Lunatic asylums Madras 1877-1891 - 1877-1891
Year: 1877
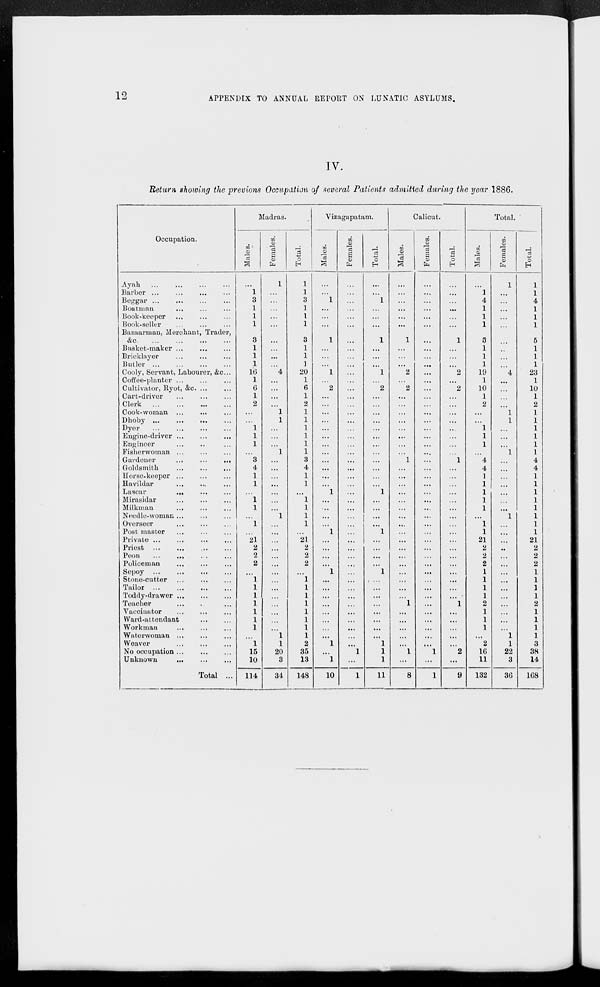
12
APPENDIX TO ANNUAL REPORT ON LUNATIC ASYLUMS.
IV.
Return showing the previous Occupation of several Patients admitted during the year 1886.
Occupation.
Ayah
...
...
...
...
Barber
...
...
...
...
Beggar
...
...
...
...
Boatman ... ... ...
Book-keeper ... ... ...
Book-seller ... ... ...
Bazaarman, Merchant, Trader,
&c
...
...
...
...
Basket-maker
...
...
...
Bricklayer ... ... ...
Butler
...
...
...
...
Cooly, Servant, Labourer, &c...
Coffee-planter ... ... ...
Cultivator, Ryot, &c. ... ...
Cart-driver
...
...
...
Clerk
...
...
...
Cook-woman ... ... ...
Dhoby
...
...
......
Dyer
...
...
...
...
Engine-driver
...
...
...
Engineer ... ... ...
Fisherwoman ... ... ...
Gardener
...
...
...
Goldsmith
...
...
...
Horse-keeper
...
...
...
Havildar ... ... ...
Lascar
...
...
...
Mirasidar
...
...
...
Milkman
...
...
...
Needle-woman ... ... ...
Overseer ... ... ...
Post master ... ... ...
Private
...
...
...
...
Priest
...
...
...
...
Peon
...
...
...
...
Policeman ... ... ... ...
Sepoy
...
...
...
...
Stone-cutter ... ... ...
Tailor
...
...
......
Toddy-drawer ... ... ...
Teacher ... ... ...
Vaccinator ... ... ...
Ward-attendant
...
...
Workman ... ... ...
Waterwoman ... ... ...
Weaver ... ... ...
No occupation ... ... ...
Unknown
...
...
...
Total ...
Madras.
Males.
...
1
3
1
1
1
3
1
1
1
16
1
6
1
2
...
...
1
1
1
...
3
4
1
1
...
1
1
...
1
...
21
2
2
2
...
1
1
1
1
1
1
1
...
1
15
10
114
Females.
1
...
...
...
...
...
...
...
...
...
4
...
...
...
...
1
1
...
...
...
1
...
...
...
...
...
...
...
1
...
...
...
...
...
...
...
...
...
...
...
...
...
...
1
1
20
3
34
Total.
1
1
3
1
1
1
3
1
1
1
20
1
6
1
2
1
1
1
1
1
1
3
4
1
1
...
1
1
1
1
...
21
2
2
2
...
1
1
1
1
1
1
1
1
2
35
13
148
Vizagapatam.
Males.
...
...
1
...
...
...
1
...
...
...
1
...
2
...
...
...
...
...
...
...
...
...
...
...
...
1
...
...
...
...
1
...
...
...
...
1
...
...
...
...
...
...
...
...
1
...
1
10
Females.
...
...
...
...
...
...
...
...
...
...
...
...
...
...
...
...
...
...
...
...
...
...
...
...
...
...
...
...
...
...
...
...
...
...
...
...
...
...
...
...
...
...
...
...
...
1
...
1
Total.
...
...
1
...
...
...
1
...
...
...
1
...
2
...
...
...
...
...
...
...
...
...
...
...
...
1
...
...
...
...
1
...
...
...
...
1
...
...
...
...
...
...
...
...
1
1
1
11
Calicut.
Males.
...
...
...
...
...
...
1
...
...
...
2
...
2
...
...
...
...
...
...
...
...
1
...
...
...
...
...
...
...
...
...
...
...
...
...
...
...
...
...
1
...
...
...
...
...
1
...
8
Females.
...
...
...
...
...
...
...
...
...
...
...
...
...
...
...
...
...
...
...
...
...
...
...
...
...
...
...
...
...
...
...
...
...
...
...
...
...
...
...
...
...
...
...
...
...
1
...
1
Total.
...
...
...
...
...
...
1
...
...
...
2
...
2
...
...
...
...
...
...
...
...
1
...
...
...
...
...
...
...
...
...
...
...
...
...
...
...
...
...
1
...
...
...
...
...
2
...
9
Total.
Males.
...
1
4
1
1
1
5
1
1
1
19
1
10
1
2
...
...
1
1
1
...
4
4
1
1
1
1
1
...
1
1
21
2
2
2
1
1
1
1
2
1
1
1
...
2
16
11
132
Females.
1
...
...
...
...
...
...
...
...
...
4
...
...
...
...
1
1
...
...
...
1
...
...
...
...
...
...
...
1
...
...
...
...
...
...
...
...
...
...
...
...
...
...
1
1
22
3
36
Total.
1
1
4
1
1
1
5
1
1
1
23
1
10
1
2
1
1
1
1
1
1
4
4
1
1
1
1
1
1
1
1
21
2
2
2
1
1
1
1
2
1
1
1
1
3
38
14
168